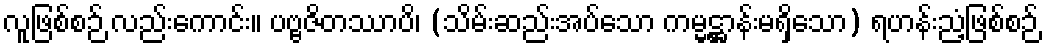
လူဖြစ်စဉ် လည်းကောင်း။ ပဗ္ဗဇိတဿာပိ၊ (သိမ်းဆည်းအပ်သော ကမ္မဋ္ဌာန်းမရှိသော) ရဟန်းညံ့ဖြစ်စဉ်